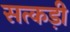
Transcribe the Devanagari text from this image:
सत्कड़ी